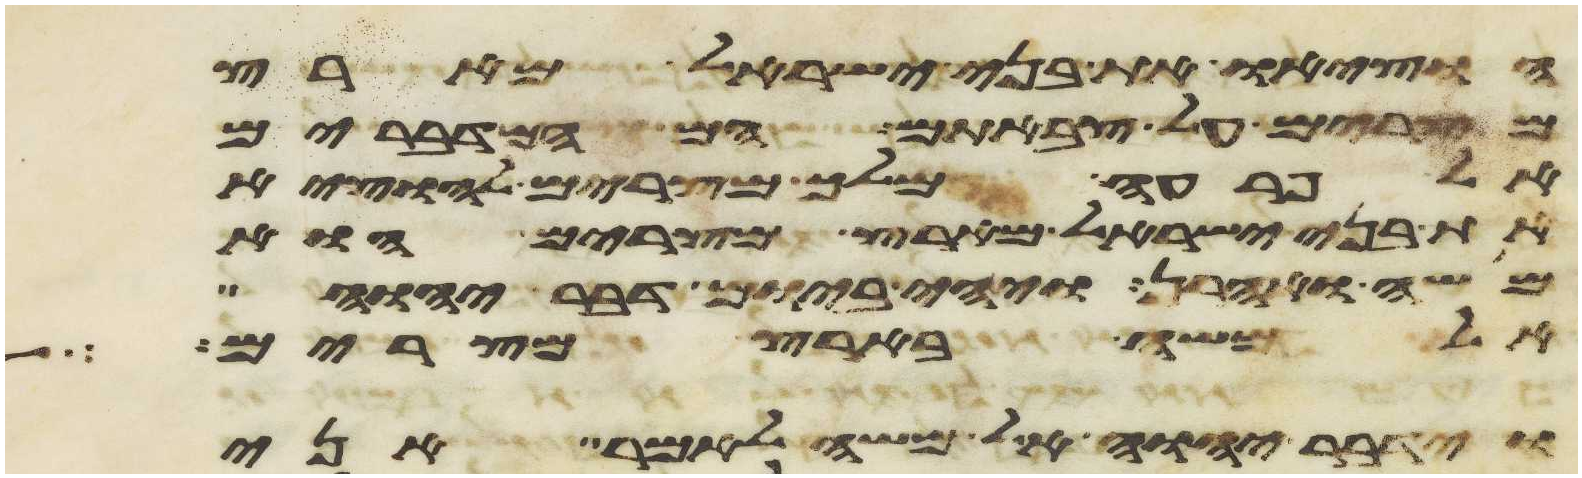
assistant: הוציאו את בני ישראל מארץ
מצרים על צבאתם הם המדברים
אל פרעה מלך מצרים להוציא
את בני ישראל מארץ מצרים הוא
משה ואהרן ויהי ביום דבר יהוה
אל משה בארץ מצרים
וידבר יהוה אל משה לאמר אני